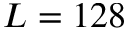
L = 1 2 8